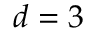
d = 3